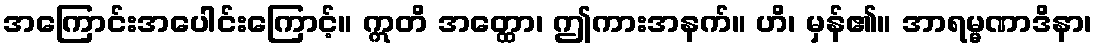
အကြောင်းအပေါင်းကြောင့်။ ဣတိ အတ္ထော၊ ဤကားအနက်။ ဟိ၊ မှန်၏။ အာရမ္မဏာဒိနာ၊